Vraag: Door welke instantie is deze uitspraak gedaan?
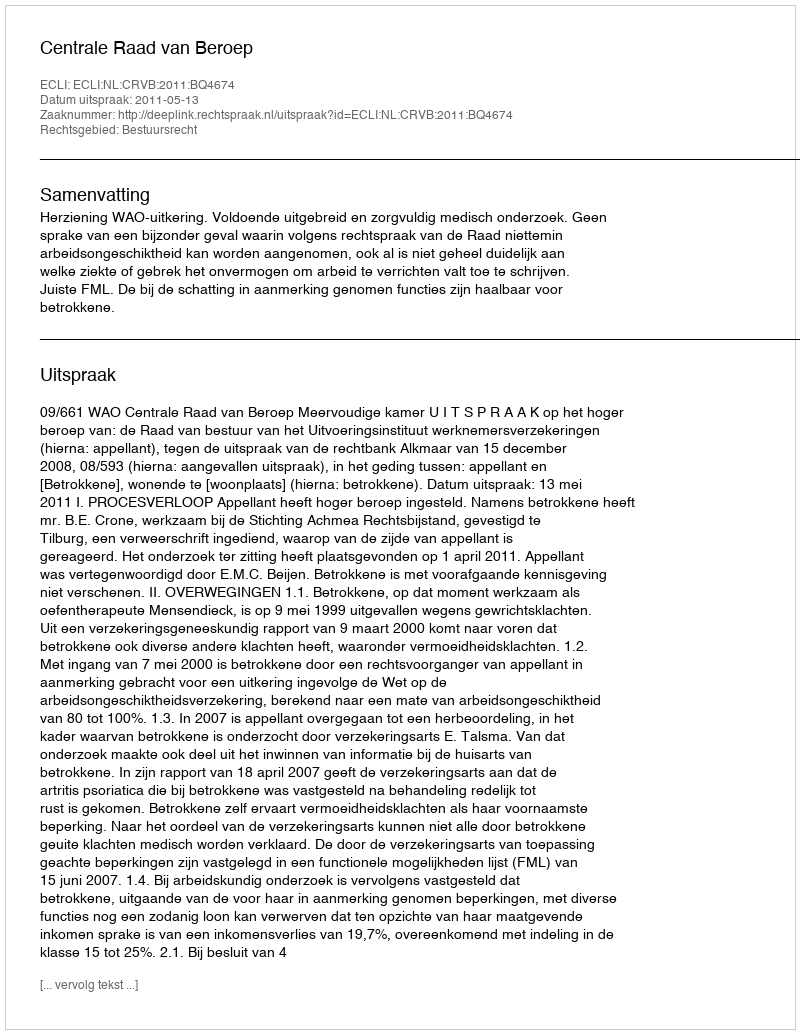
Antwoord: Centrale Raad van Beroep